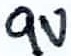
Text: 9V